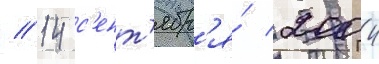
// 14 с'ент'ябр'я́ 2004